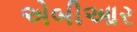
એબીઆર